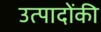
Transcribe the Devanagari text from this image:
उत्पादोंकी